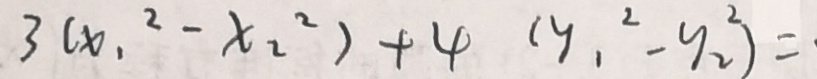
3 ( x _ { 1 } ^ { 2 } - x _ { 2 } ^ { 2 } ) + 4 ( y _ { 1 } ^ { 2 } - y _ { 2 } ^ { 2 } ) =